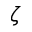
\zeta